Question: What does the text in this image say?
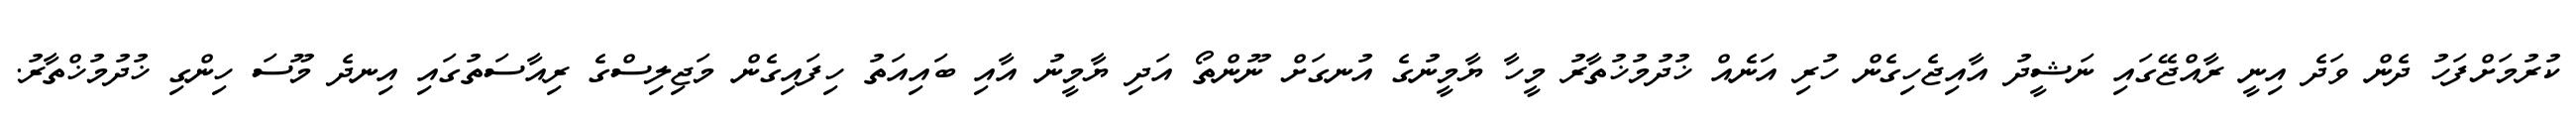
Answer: ކުރުމަށްފަހު ދެން ވަދެ އިނީ ރާއްޖޭގައި ނަޝީދު އާއިޖެހިގެން ހުރި އަނެއް ޚުދުމުޚުތާރު މީހާ ޔާމީނުގެ އުނގަށް ނޫންތޯ އަދި ޔާމީނު އާއި ބައިއަތު ހިފައިގެން މަޖިލިސްގެ ރިއާސަތުގައި އިނދެ މޫސަ ހިންގި ޚުދުމުޚްތާރު.